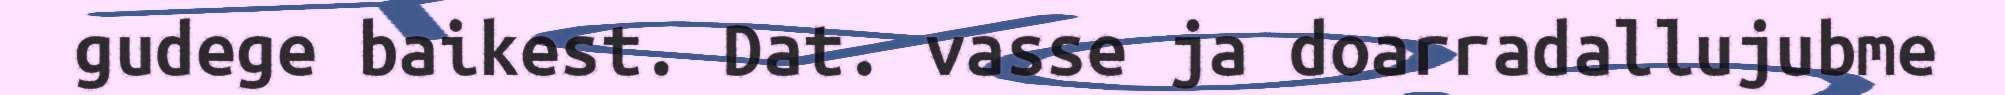
gudege baikest. Dat. vasse ja doarradallujubme